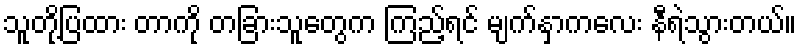
သူတို့ပြထား တာကို တခြားသူတွေက ကြည့်ရင် မျက်နှာကလေး နီရဲသွားတယ်။